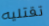
تقتليه